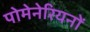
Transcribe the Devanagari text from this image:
पोमेनेरियनों